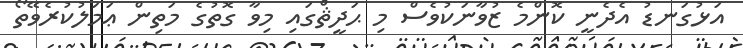
އަޅުގަނޑު އެދެނީ ކޮންމެ ޒުވާނަކުވެސް މި ޙަދީޘްގައި މިވާ ގޮތުގެ މަތިން ޢަމަލުކުރެވޭތޯ